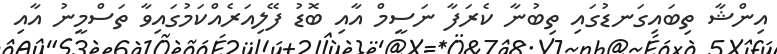
އިންޝާާ ތިބައިގަނޑުގައި ތިބުނާ ކެރަފާ ނަސީމް އާއި ބޮޑު ފޭލިއަރެއްކަމުގައިވާ ތަސްމީނު އާއި